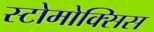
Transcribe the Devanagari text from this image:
स्टोमोक्सिस